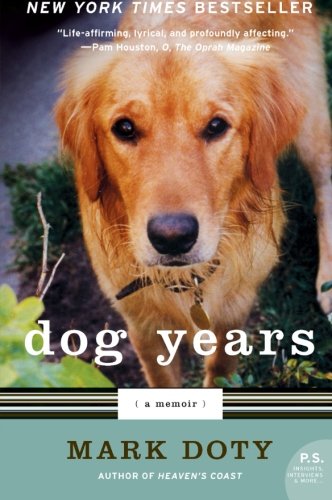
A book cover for Dog Years: A Memoir (P.S.); Mark Doty; Crafts, Hobbies & Home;